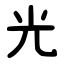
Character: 光